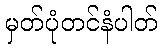
မှတ်ပုံတင်နံပါတ်